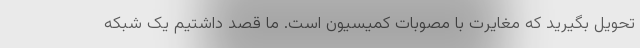
تحویل بگیرید که مغایرت با مصوبات کمیسیون است. ما قصد داشتیم یک شبکه